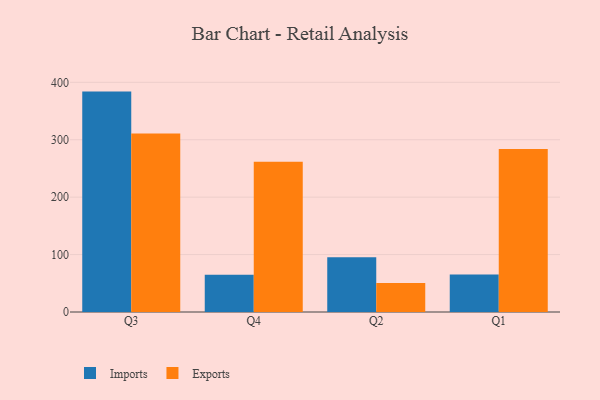
{"axis": {"x": "Quarter", "y": "Shipments"}, "legend": ["Exports", "Imports"], "data": [{"x": "Q3", "y": 383.8, "type": "Imports"}, {"x": "Q3", "y": 311.0, "type": "Exports"}, {"x": "Q4", "y": 64.8, "type": "Imports"}, {"x": "Q4", "y": 261.7, "type": "Exports"}, {"x": "Q2", "y": 95.5, "type": "Imports"}, {"x": "Q2", "y": 50.6, "type": "Exports"}, {"x": "Q1", "y": 65.1, "type": "Imports"}, {"x": "Q1", "y": 283.7, "type": "Exports"}]}